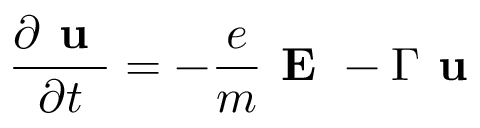
\frac { \partial \textbf { u } } { \partial t } = - \frac { e } { m } \textbf { E } - \Gamma \textbf { u }